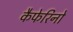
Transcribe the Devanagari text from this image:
कैफेरिनो